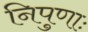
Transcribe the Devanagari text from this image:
निपुणाः